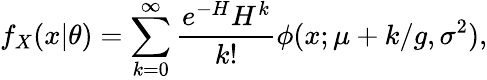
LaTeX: f_{X}(x|\theta)=\sum_{k=0}^{\infty}\frac{e^{-H}H^{k}}{k!}\phi(x;\mu+k/g,\sigma^{2}),